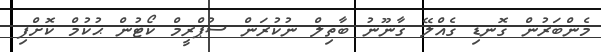
މެންބަރުން ގޮނޑި ގެއްލޭ ޤާނޫނު ބާތިލް ނުކުރަން ސުޕްރީމް ކޯޓުން ޙުކުމް ކޮށްފި